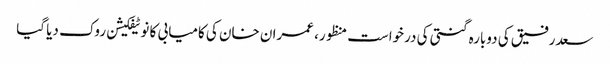
سعدرفیق کی دوبارہ گنتی کی درخواست منظور، عمران خان کی کامیابی کا نوٹیفکیشن روک دیا گیا